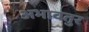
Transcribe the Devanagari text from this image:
अभावतुर